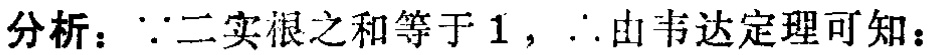
分析：\(\because\)二实根之和等于\(1\)，\(\therefore\)由韦达定理可知：